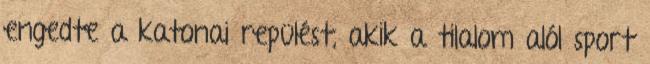
engedte a katonai repülést, akik a tilalom alól sport